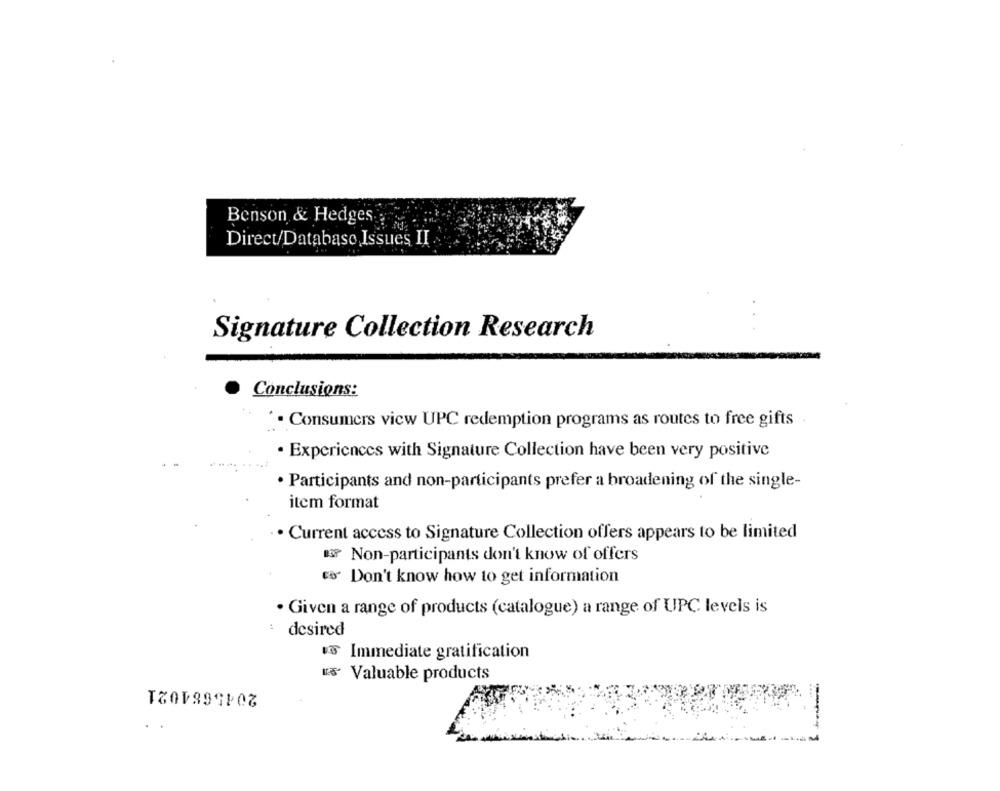
Benson & Hedges.
Direct/Database Issues II
Signature Collection Research
Conclusions:
. Consumers view UPC redemption programs as routes to free gifts
· Experiences with Signature Collection have been very positive
· Participants and non-participants prefer a broadening of the single-
item format
Current access to Signature Collection offers appears to be limited
&3 Non-participants don't know of offers
Eo Don't know how to get information
· Given a range of products (catalogue) a range of UPC levels is
desired
vs Immediate gratification
2045684021
"S' Valuable products